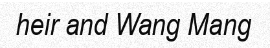
heir and Wang Mang